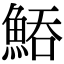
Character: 𩷵